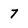
Character: 7